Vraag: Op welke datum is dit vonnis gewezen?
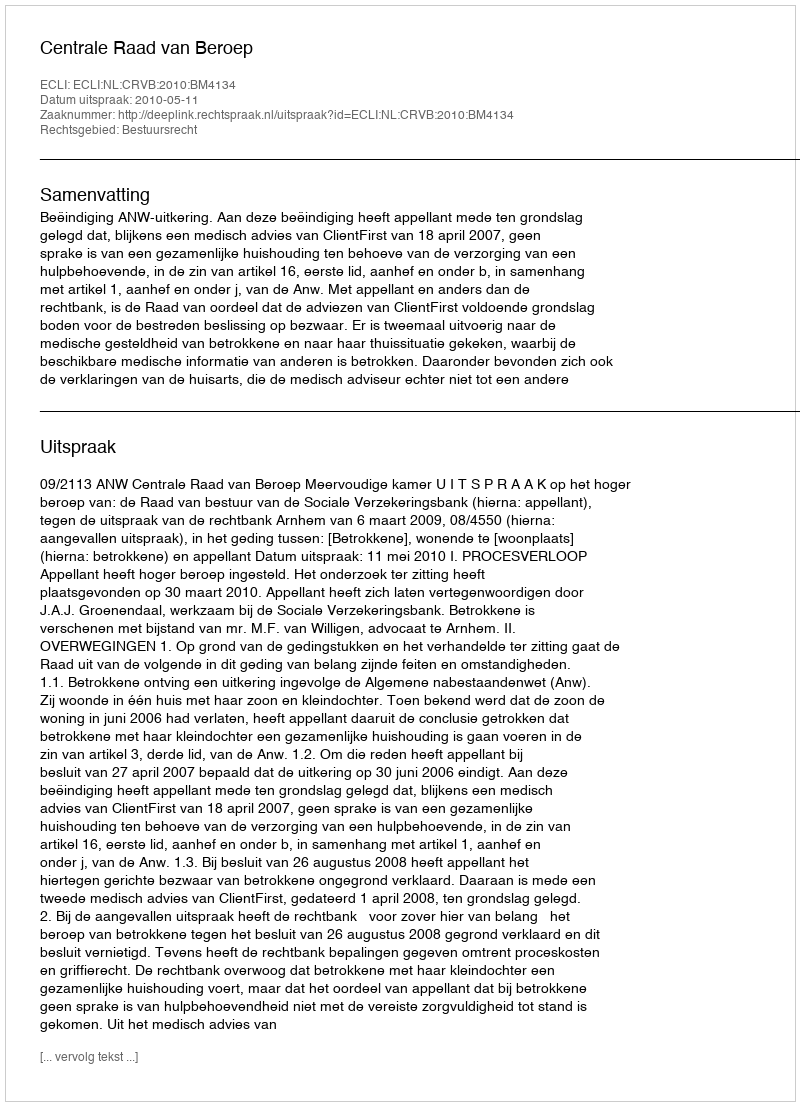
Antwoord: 2010-05-11